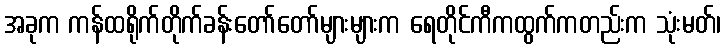
အခုက ကန်ထရိုက်တိုက်ခန်းတော်တော်များများက ရေတိုင်ကီကထွက်ကတည်းက သုံးမတ်၊